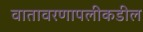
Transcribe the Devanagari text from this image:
वातावरणापलीकडील